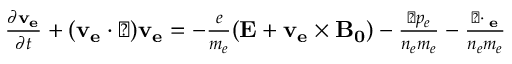
\begin{array} { r } { \frac { \partial \mathbf { v _ { e } } } { \partial t } + ( \mathbf { v _ { e } } \cdot \triangledown ) \mathbf { v _ { e } } = - \frac { e } { m _ { e } } ( \mathbf { E } + \mathbf { v _ { e } } \times \mathbf { B _ { 0 } } ) - \frac { \triangledown p _ { e } } { n _ { e } m _ { e } } - \frac { \triangledown \cdot { \bf \Pi _ { e } } } { n _ { e } m _ { e } } } \end{array}